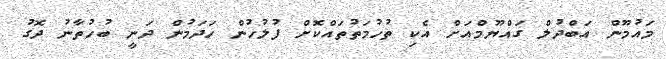
މައުމޫން އަބްދުލް ގައްޔޫމްއަށް އެކި ތުހުމަތުތައްކޮށް ފުލުހުން ހަދަމުން ދަނީ ބުހުތާނު ދޮގު